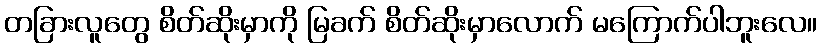
တခြားလူတွေ စိတ်ဆိုးမှာကို မြခက် စိတ်ဆိုးမှာလောက် မကြောက်ပါဘူးလေ။